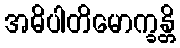
အဓိပါတိမောက္ခန္တိ